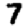
Digit: 7